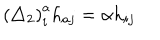
\left( \triangle _ { 2 } \right) _ { i } ^ { a } h _ { a j } = \alpha h _ { i j }